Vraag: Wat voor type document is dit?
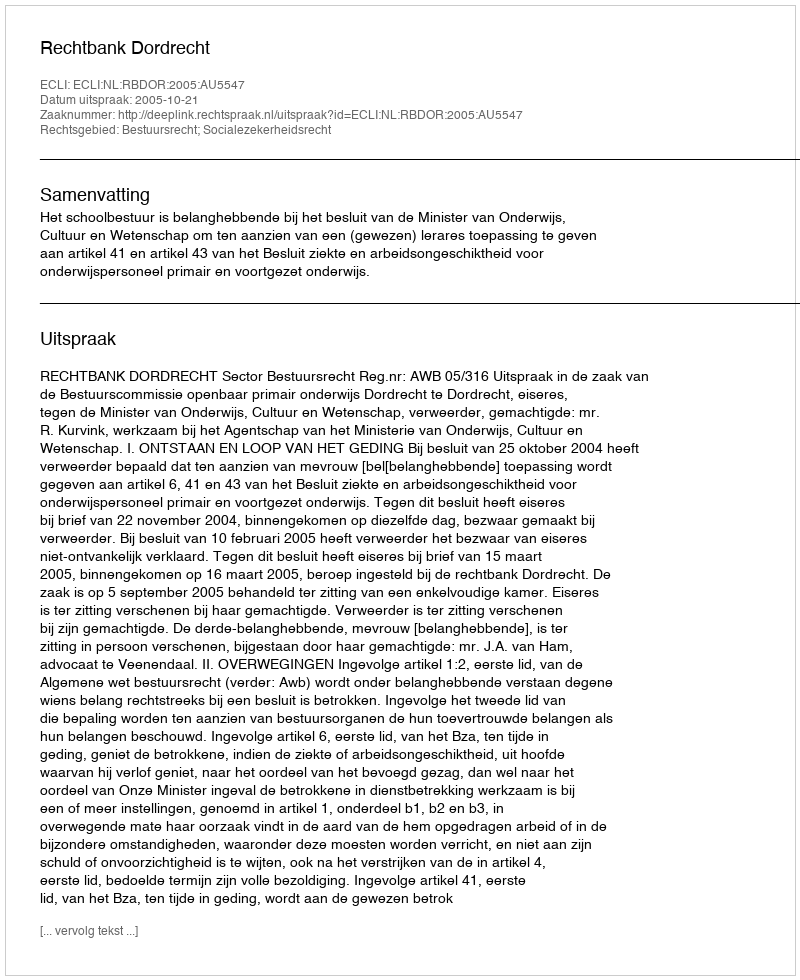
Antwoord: Uitspraak